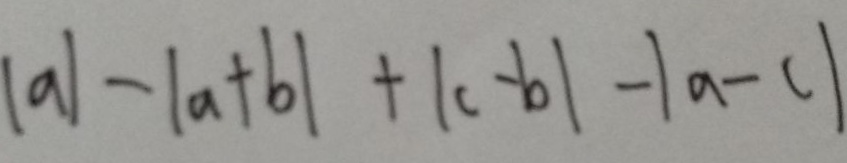
\vert a \vert - \vert a + b \vert + \vert c - b \vert - \vert a - c \vert